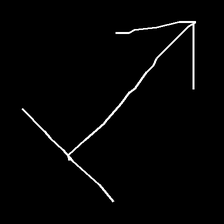
Glyph: levitation